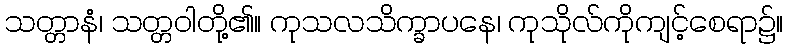
သတ္တာနံ၊ သတ္တဝါတို့၏။ ကုသလသိက္ခာပနေ၊ ကုသိုလ်ကိုကျင့်စေရာ၌။